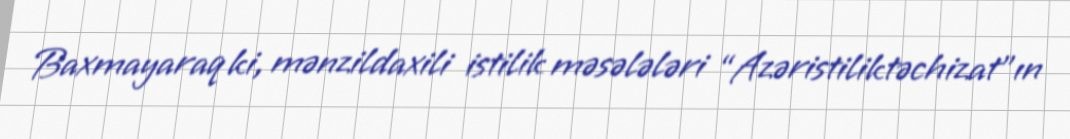
Baxmayaraq ki, mənzildaxili istilik məsələləri “Azəristiliktəchizat”ın